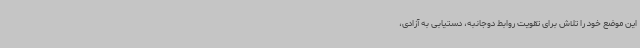
این موضع خود را تلاش برای تقویت روابط دوجانبه، دستیابی به آزادی،